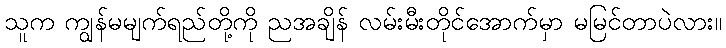
သူက ကျွန်မမျက်ရည်တို့ကို ညအချိန် လမ်းမီးတိုင်အောက်မှာ မမြင်တာပဲလား။